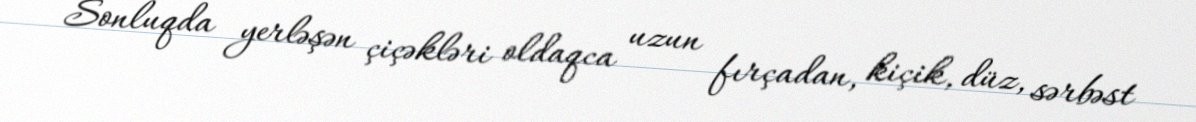
Sonluqda yerləşən çiçəkləri oldaqca uzun fırçadan, kiçik, düz, sərbəst